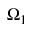
\Omega _ { 1 }